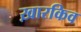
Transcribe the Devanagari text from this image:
ख़ारकिव